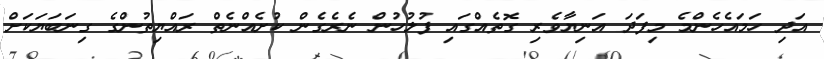
އަދި ހަމައެހެންމެ މިފަދަ އަނިޔާވެރި ގޮތެއްގައި ފުލުހުން ނެރެގެން ކުށެއްނެތް ރައްޔިތުންގެ ގިނަބަޔަކަށް